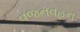
વજનવહન